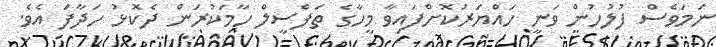
ނަމަވެސް ފުލުހުން ވަނީ ހައްޔަރުކޮށްފައިވާ މީހާގެ ތަފްސީލް ހާމަކުރަން ދެކޮޅު ހަދާފަ އެވެ.